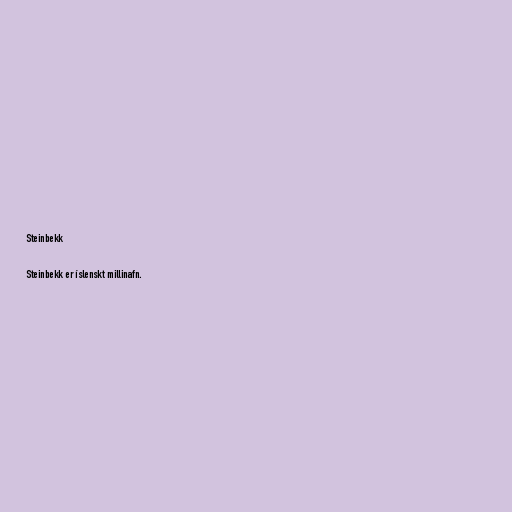
Steinbekk

Steinbekk er íslenskt millinafn.